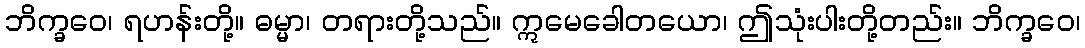
ဘိက္ခဝေ၊ ရဟန်းတို့။ ဓမ္မာ၊ တရားတို့သည်။ ဣမေခေါတယော၊ ဤသုံးပါးတို့တည်း။ ဘိက္ခဝေ၊